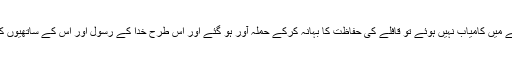
یعنی جب ہجرت کے موقع پر قتل کر دینے میں کامیاب نہیں ہوئے تو قافلے کی حفاظت کا بہانہ کرکے حملہ آور ہو گئے اور اِس طرح خدا کے رسول اور اُس کے ساتھیوں کے خلاف صریح جارحیت کا ارتکاب کیا۔